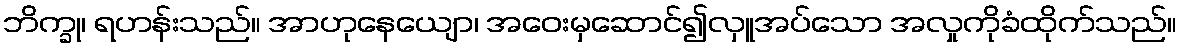
ဘိက္ခု၊ ရဟန်းသည်။ အာဟုနေယျော၊ အဝေးမှဆောင်၍လှူအပ်သော အလှုကိုခံထိုက်သည်။